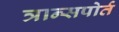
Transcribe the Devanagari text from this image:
त्रान्सपोर्त